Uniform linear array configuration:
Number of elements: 24
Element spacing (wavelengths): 0.5
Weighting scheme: blackman
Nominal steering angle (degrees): -30
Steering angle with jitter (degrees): -29.4
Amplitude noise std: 0.05
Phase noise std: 0.05

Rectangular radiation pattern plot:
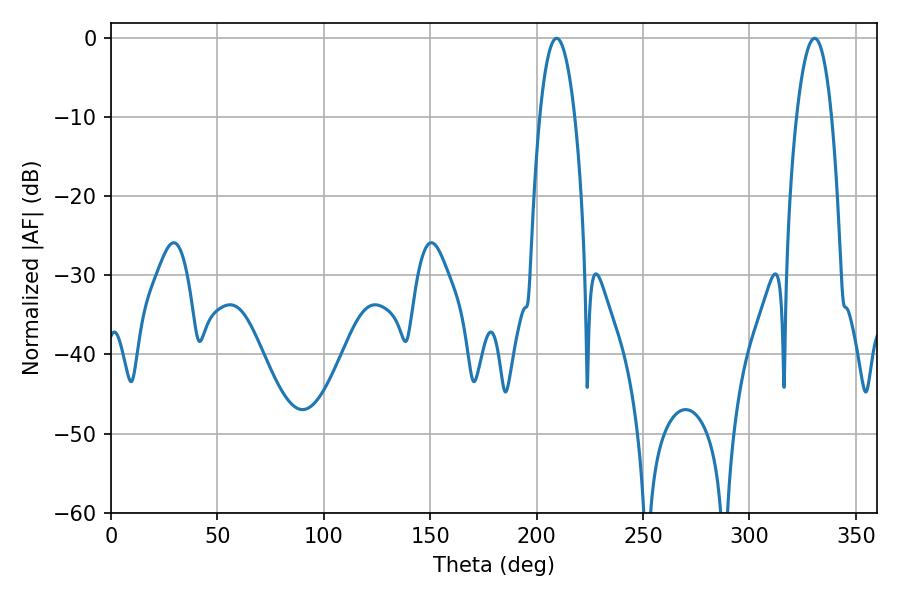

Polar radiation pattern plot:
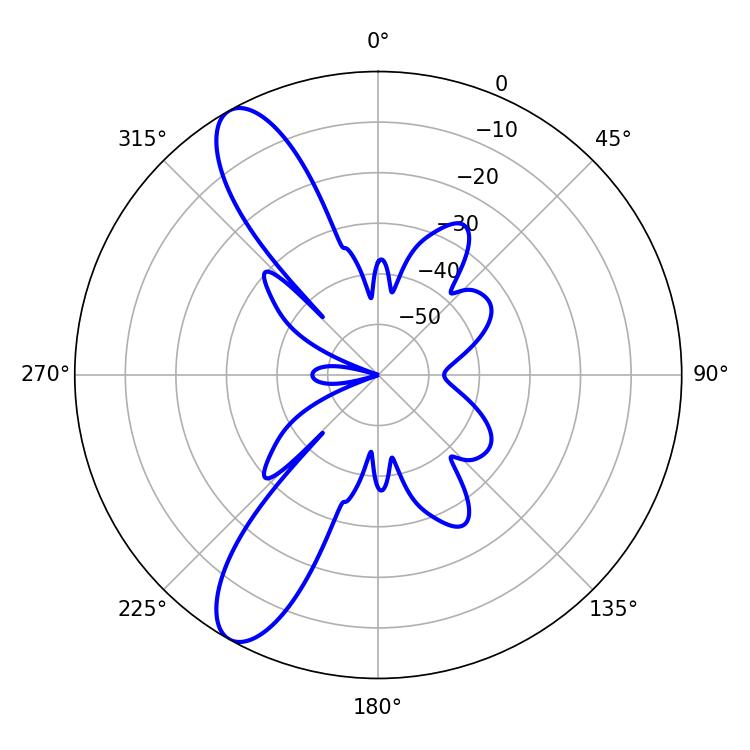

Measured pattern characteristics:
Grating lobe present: FALSE
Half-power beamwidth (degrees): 9.18
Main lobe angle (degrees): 209.34